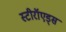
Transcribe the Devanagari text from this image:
स्टीरॉएड्स